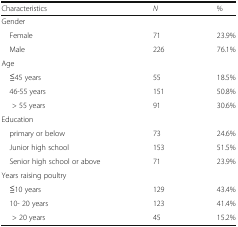
<table><thead><tr><td><b>Characteristics</b></td><td><b><i>N</i></b></td><td><b>%</b></td></tr></thead><tbody><tr><td colspan="3">Gender</td></tr><tr><td> Female</td><td>71</td><td>23.9%</td></tr><tr><td> Male</td><td>226</td><td>76.1%</td></tr><tr><td colspan="3">Age</td></tr><tr><td> ≦45 years</td><td>55</td><td>18.5%</td></tr><tr><td> 46-55 years</td><td>151</td><td>50.8%</td></tr><tr><td>&gt; 55 years</td><td>91</td><td>30.6%</td></tr><tr><td colspan="3">Education</td></tr><tr><td> primary or below</td><td>73</td><td>24.6%</td></tr><tr><td> Junior high school</td><td>153</td><td>51.5%</td></tr><tr><td> Senior high school or above</td><td>71</td><td>23.9%</td></tr><tr><td colspan="3">Years raising poultry</td></tr><tr><td> ≦10 years</td><td>129</td><td>43.4%</td></tr><tr><td> 10- 20 years</td><td>123</td><td>41.4%</td></tr><tr><td>&gt; 20 years</td><td>45</td><td>15.2%</td></tr></tbody></table>